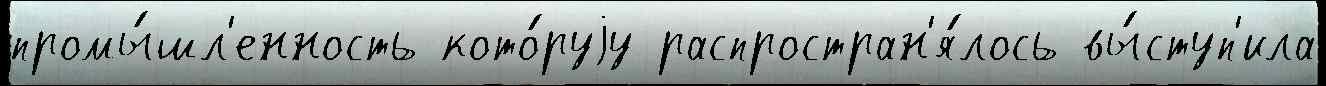
промы́шл'енность кото́руjу распростран'я́лось вы́ступ'ила